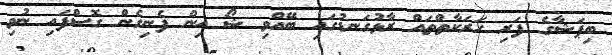
ބިޕަޝާގެ ފަރި ހަރަކާތްތައް ރާޅުގަނޑުގައި ބޭއްވި ޝޯ އިން ފެނިގެން ގޮސްފައި ނުވި